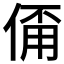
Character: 𠋊